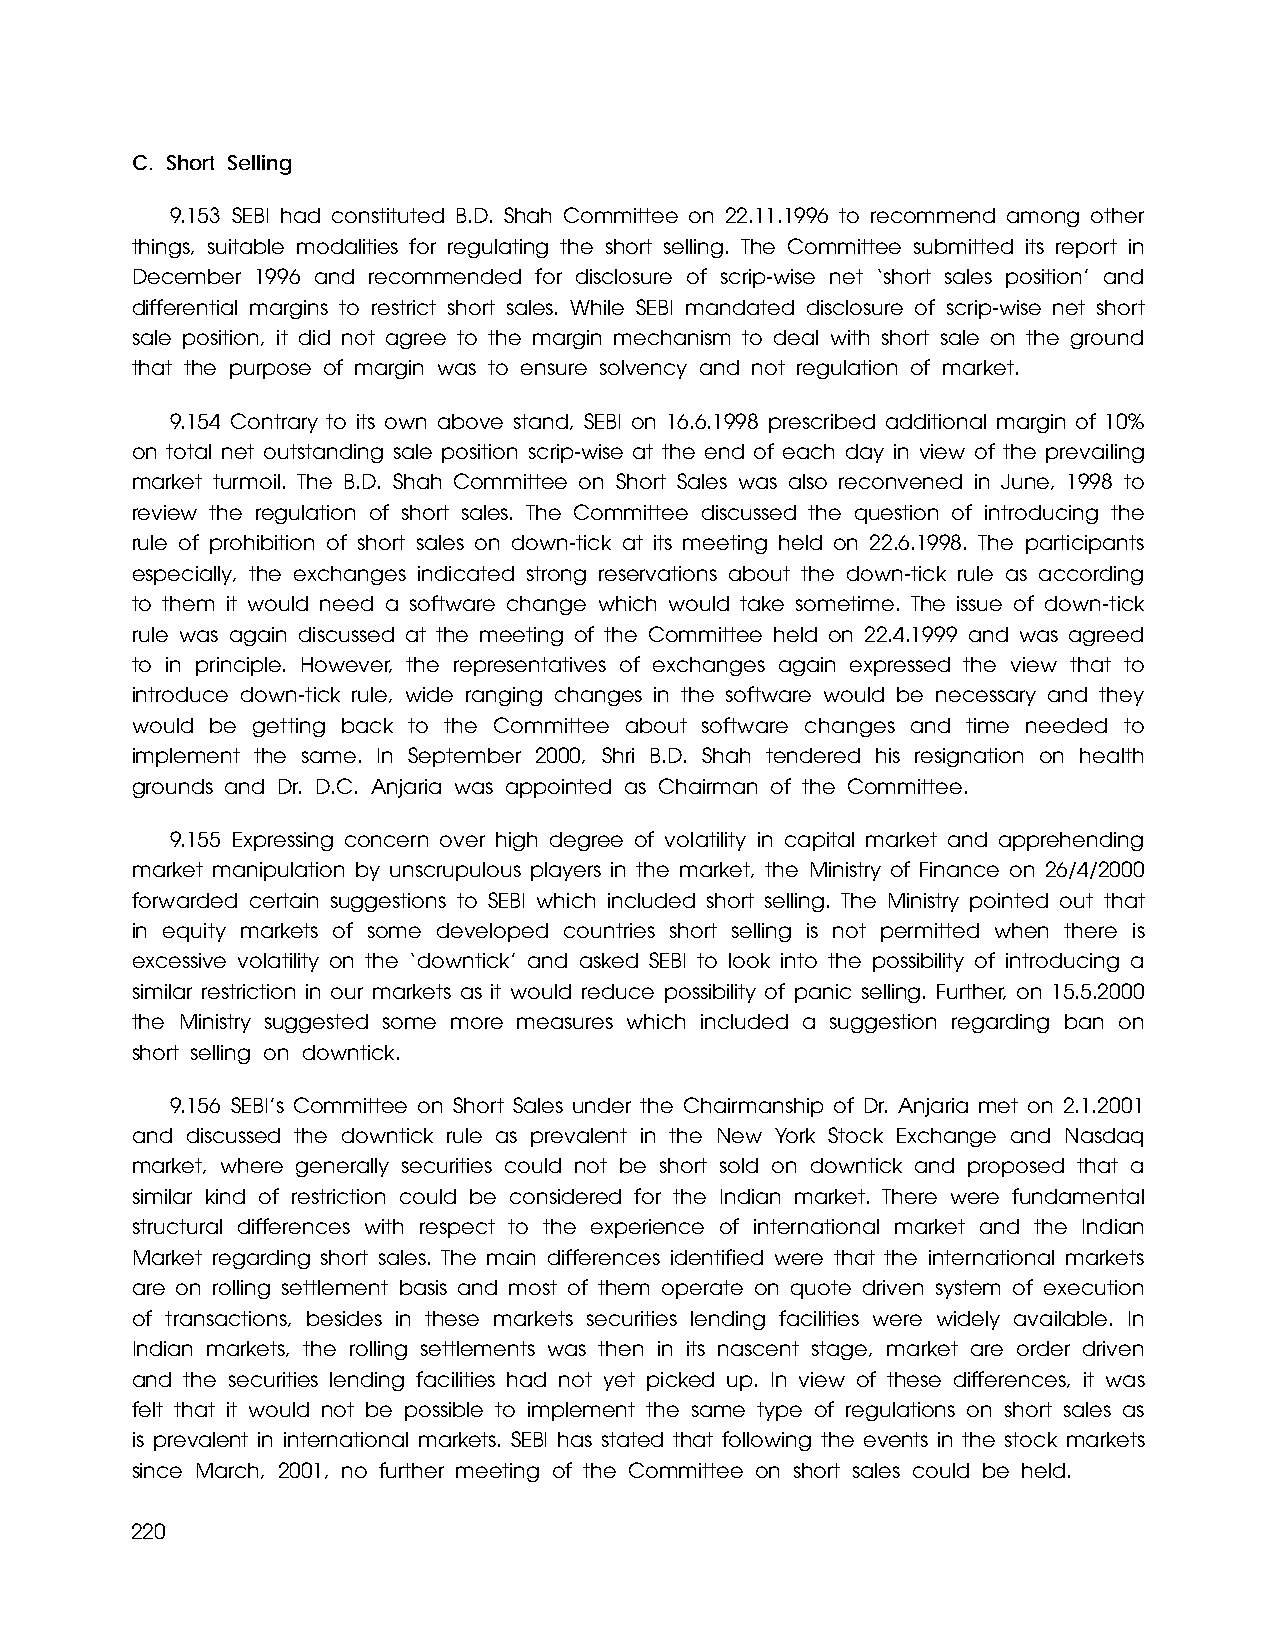
C. Short Selling
 9.153 SEBI had constituted B.D. Shah Committee on 22.11.1996 to recommend among other
 things, suitable modalities for regulating the short selling. The Committee submitted its report in
 December 1996 and recommended for disclosure of scrip-wise net ‘short sales position’ and
 differential margins to restrict short sales. While SEBI mandated disclosure of scrip-wise net short
 sale position, it did not agree to the margin mechanism to deal with short sale on the ground
 that the purpose of margin was to ensure solvency and not regulation of market.
 9.154 Contrary to its own above stand, SEBI on 16.6.1998 prescribed additional margin of 10%
 on total net outstanding sale position scrip-wise at the end of each day in view of the prevailing
 market turmoil. The B.D. Shah Committee on Short Sales was also reconvened in June, 1998 to
 review the regulation of short sales. The Committee discussed the question of introducing the
 rule of prohibition of short sales on down-tick at its meeting held on 22.6.1998. The participants
 especially, the exchanges indicated strong reservations about the down-tick rule as according
 to them it would need a software change which would take sometime. The issue of down-tick
 rule was again discussed at the meeting of the Committee held on 22.4.1999 and was agreed
 to in principle. However, the representatives of exchanges again expressed the view that to
 introduce down-tick rule, wide ranging changes in the software would be necessary and they
 would be getting back to the Committee about software changes and time needed to
 implement the same. In September 2000, Shri B.D. Shah tendered his resignation on health
 grounds and Dr. D.C. Anjaria was appointed as Chairman of the Committee.
 9.155 Expressing concern over high degree of volatility in capital market and apprehending
 market manipulation by unscrupulous players in the market, the Ministry of Finance on 26/4/2000
 forwarded certain suggestions to SEBI which included short selling. The Ministry pointed out that
 in equity markets of some developed countries short selling is not permitted when there is
 excessive volatility on the ‘downtick’ and asked SEBI to look into the possibility of introducing a
 similar restriction in our markets as it would reduce possibility of panic selling. Further, on 15.5.2000
 the Ministry suggested some more measures which included a suggestion regarding ban on
 short selling on downtick.
 9.156 SEBI’s Committee on Short Sales under the Chairmanship of Dr. Anjaria met on 2.1.2001
 and discussed the downtick rule as prevalent in the New York Stock Exchange and Nasdaq
 market, where generally securities could not be short sold on downtick and proposed that a
 similar kind of restriction could be considered for the Indian market. There were fundamental
 structural differences with respect to the experience of international market and the Indian
 Market regarding short sales. The main differences identified were that the international markets
 are on rolling settlement basis and most of them operate on quote driven system of execution
 of transactions, besides in these markets securities lending facilities were widely available. In
 Indian markets, the rolling settlements was then in its nascent stage, market are order driven
 and the securities lending facilities had not yet picked up. In view of these differences, it was
 felt that it would not be possible to implement the same type of regulations on short sales as
 is prevalent in international markets. SEBI has stated that following the events in the stock markets
 since March, 2001, no further meeting of the Committee on short sales could be held.
 220